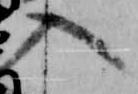
入